Report of the Indian Hemp Drugs Commission, 1894-1895 - Volume VI
Year: 1894
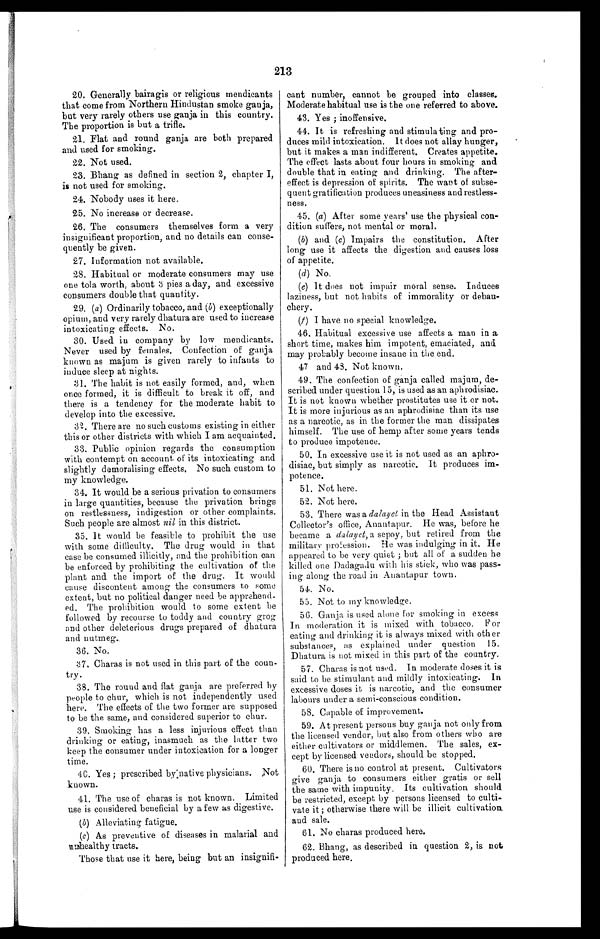
213
20. Generally bairagis or religious mendicants
that come from Northern Hindustan smoke ganja,
but very rarely others use ganja in this country.
The proportion is but a trifle.
21. Flat and round ganja are both prepared
and used for smoking.
22. Not used.
23. Bhang as defined in section 2, chapter I,
is not used for smoking.
24. Nobody uses it here.
25. No increase or decrease.
26. The consumers themselves form a very
insignificant proportion, and no details can conse-
quently be given.
27. Information not available.
28. Habitual or moderate consumers may use
one tola worth, about 3 pies a day, and excessive
consumers double that quantity.
29. (a) Ordinarily tobacco, and ( b) exceptionally
opium, and very rarely dhatura are used to increase
intoxicating effects. No.
30. Used in company by low mendicants.
Never used by females. Confection of ganja
known as majum is given rarely to infants to
induce sleep at nights.
31. The habit is not easily formed, and, when
once formed, it is difficult to break it off, and
there is a tendency for the moderate habit to
develop into the excessive.
32. There are no such customs existing in either
this or other districts with which I am acquainted.
33. Public opinion regards the consumption
with contempt on account of its intoxicating and
slightly demoralising effects. No such custom to
my knowledge.
34. It would be a serious privation to consumers
in large quantities, because the privation brings
on restlessness, indigestion or other complaints.
Such people are almost nil in this district.
35. It would be feasible to prohibit the use
with some difficulty. The drug would in that
case be consumed illicitly, end the prohibition can
be enforced by prohibiting the cultivation of the
plant and the import of the drug. It would
cause discontent among the consumers to some
extent, but no political danger need be apprehend-
ed. The prohibition would to some extent be
followed by recourse to toddy and country grog
end other deleterious drugs prepared of dhatura
and nutmeg.
36.
No.
37. Charas is not used in this part of the coun-
try.
38. The round and flat ganja are preferred by
people to chur, which is not independently used
here. The effects of the two former are supposed
to be the same, and considered superior to chur.
39. Smoking has a less injurious effect than
drinking or eating, inasmuch as the latter two
keep the consumer under intoxication for a longer
time.
40. Yes ; prescribed by native physicians. Not
known.
41. The use of charas is not known. Limited
use is considered beneficial by a few as digestive.
(b) Alleviating fatigue.
(c) As preventive of diseases in malarial and
unhealthy tracts.
Those that use it here, being but an insignifi-
cant number, cannot be grouped into classes.
Moderate habitual use is the one referred to above.
43. Yes; inoffensive.
44. It is refreshing and stimulating and pro-
duces mild intoxication. It does not allay hunger,
but it makes a man indifferent. Creates appetite.
The effect lasts about four hours in smoking and
double that in eating and drinking. The after-
effect is depression of spirits. The want of subse-
quent gratification produces uneasiness and restless-
ness.
45. (a) After some years' use the physical con-
dition suffers, not mental or moral.
( b) and ( c ) Impairs the constitution. After
long use it affects the digestion and causes loss
of appetite.
(d) No.
(e) It does not impair moral sense. Induces
laziness, but not habits of immorality or debau-
chery.
(f ) I have no special knowledge.
46. Habitual excessive use affects a man in a
short time, makes him impotent, emaciated, and
may probably become insane in the end.
47 and 48. Not known.
49. The confection of ganja called majum, de-
scribed under question 15, is used as an aphrodisiac.
It is not known whether prostitutes use it or not.
It is more injurious as an aphrodisiac than its use
as a narcotic, as in the former the man dissipates
himself. The use of hemp after some years tends
to produce impotence.
40. In excessive use it is not used as an aphro-
disiac, but simply as narcotic. It produces im-
potence.
41. Not here.
42. Not here.
53. There was a dalayet in the Head Assistant
Collector's office, Anantapur. He was, before he
became a dalayet, a sepoy, but retired from the
military profession. He was indulging in it. He
appeared to be very quiet; but all of a sudden he
killed one Dadagadu with his stick, who was pass
- i n g a l o n g t h e r o a d i n A n a n t a p u r t o w n .
54. No.
55. Not to my knowledge.
56. Ganja is used alone for smoking in excess
In moderation it is mixed with tobacco. For
eating and drinking it is always mixed with other
substances, as explained under question 15.
Dhatura is not mixed in this part of the country.
57. Charas is not used. In moderate doses it is
said to be stimulant and mildly intoxicating. In
excessive doses it is narcotic, and the consumer
labours under a semi-conscious condition.
58. Capable of improvement.
59. At present persons buy ganja not only from
the licensed vendor, but also from others who are
either cultivators or middlemen. The sales, ex-
cept by licensed vendors, should be stopped.
60. There is no control at present. Cultivators
give ganja to consumers either gratis or sell
the same with impunity. Its cultivation should
be restricted, except by persons licensed to culti-
vate it; otherwise there will be illicit cultivation
and sale.
61. No charas produced here.
62. Bhang, as described in question 2, is not
produced here.